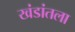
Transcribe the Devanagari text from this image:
खंडांतला